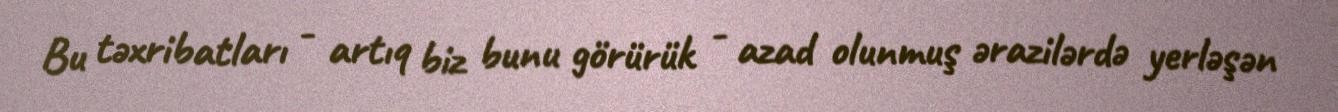
Bu təxribatları - artıq biz bunu görürük - azad olunmuş ərazilərdə yerləşən